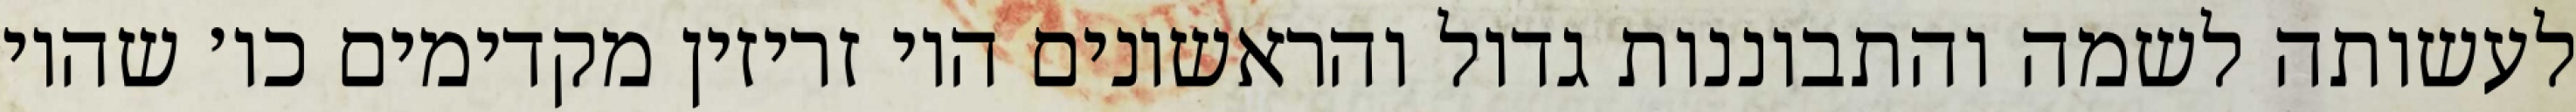
לעשותה לשמה והתבוננות גדול והראשונים היו זריזין מקדימים כו׳ שהיו